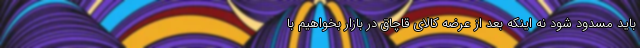
باید مسدود شود نه اینکه بعد از عرضه کالای قاچاق در بازار بخواهیم با